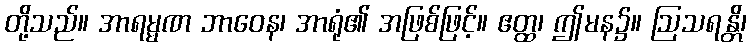
တို့သည်။ အာရမ္မဏ ဘာဝေန၊ အာရုံ၏ အဖြစ်ဖြင့်။ ဧတ္ထ၊ ဤမန၌။ ဩသရန္တိ၊